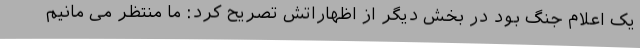
یک اعلام جنگ بود در بخش دیگر از اظهاراتش تصریح کرد: ما منتظر می مانیم